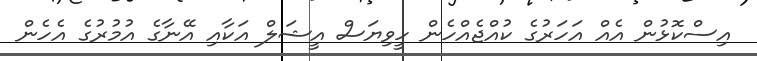
އިސްކޮޅުން އެއް އަހަރުގެ ކުއްޖެއްހެން ހީވިޔަސް އީޝަލް އަކާއި އޭނާގެ އުމުރުގެ އެހެން